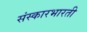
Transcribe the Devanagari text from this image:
संस्कारभारती